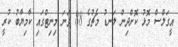
އީގަލްސް މޮޅު ކޮށްދިން ލަނޑު މެޗުގެ 88 ވަނަ މިނިޓްގައި ކާމިޔާބު ކުރީ